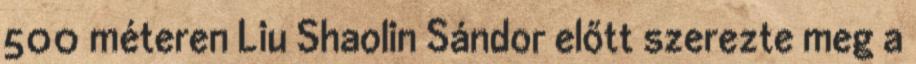
500 méteren Liu Shaolin Sándor előtt szerezte meg a